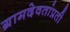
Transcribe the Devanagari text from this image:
ग्रामदेवतांप्रती